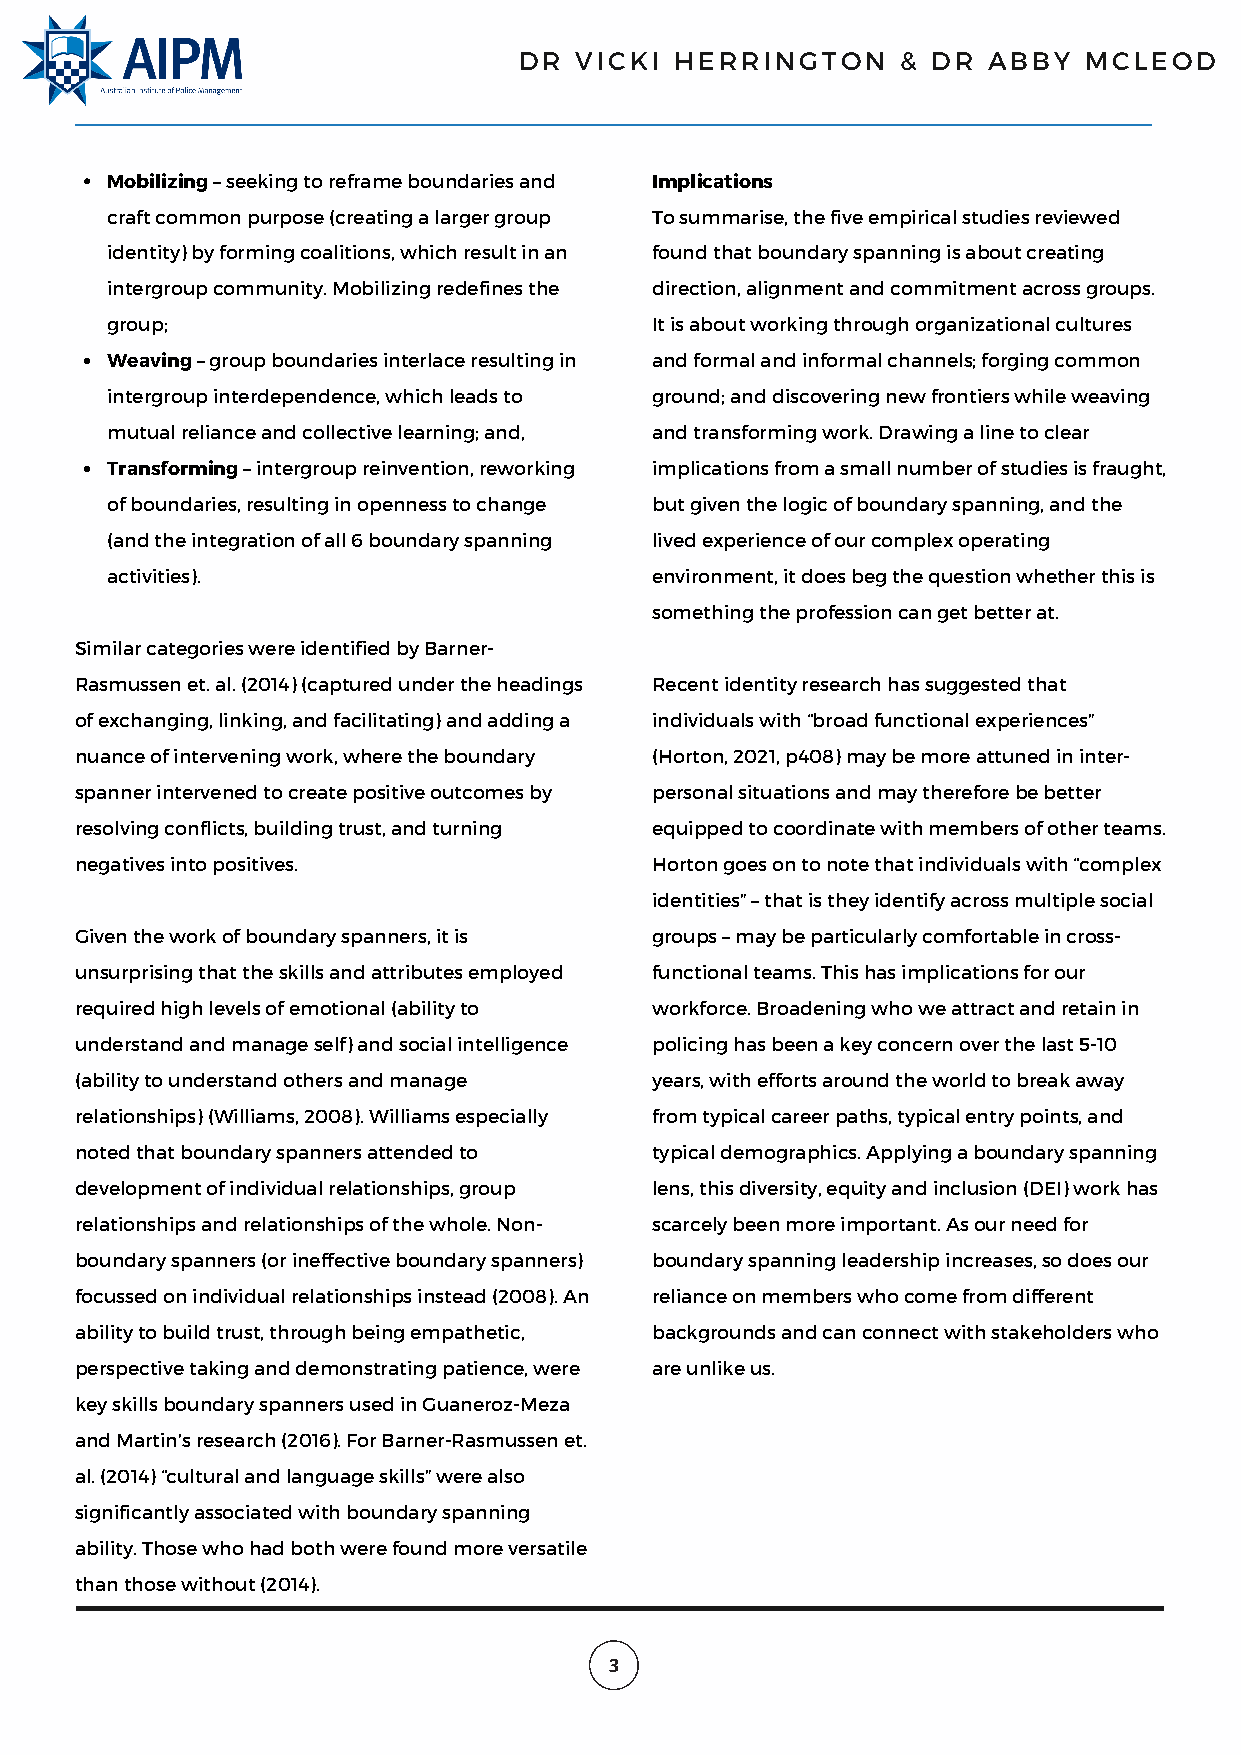
DR  VICKI  HERRINGTON     & DR ABBY   MCLEOD
 Mobilizing – seeking to reframe boundaries and Implications
 craft common purpose (creating a larger group To summarise, the five empirical studies reviewed
 identity) by forming coalitions, which result in an found that boundary spanning is about creating
 intergroup community. Mobilizing redefines the direction, alignment and commitment across groups.
 group;                              It is about working through organizational cultures
 Weaving – group boundaries interlace resulting in and formal and informal channels; forging common
 intergroup interdependence, which leads to ground; and discovering new frontiers while weaving
 mutual reliance and collective learning; and, and transforming work. Drawing a line to clear
 Transforming – intergroup reinvention, reworking implications from a small number of studies is fraught,
 of boundaries, resulting in openness to change but given the logic of boundary spanning, and the
 (and the integration of all 6 boundary spanning lived experience of our complex operating
 activities).                        environment, it does beg the question whether this is
 something the profession can get better at.
 Similar categories were identified by Barner-
 Rasmussen et. al. (2014) (captured under the headings Recent identity research has suggested that
 of exchanging, linking, and facilitating) and adding a individuals with “broad functional experiences”
 nuance of intervening work, where the boundary (Horton, 2021, p408) may be more attuned in inter-
 spanner intervened to create positive outcomes by personal situations and may therefore be better
 resolving conflicts, building trust, and turning equipped to coordinate with members of other teams.
 negatives into positives.             Horton goes on to note that individuals with “complex
 identities” – that is they identify across multiple social
 Given the work of boundary spanners, it is groups – may be particularly comfortable in cross-
 unsurprising that the skills and attributes employed functional teams. This has implications for our
 required high levels of emotional (ability to workforce. Broadening who we attract and retain in
 understand and manage self) and social intelligence policing has been a key concern over the last 5-10
 (ability to understand others and manage years, with efforts around the world to break away
 relationships) (Williams, 2008). Williams especially from typical career paths, typical entry points, and
 noted that boundary spanners attended to typical demographics. Applying a boundary spanning
 development of individual relationships, group lens, this diversity, equity and inclusion (DEI) work has
 relationships and relationships of the whole. Non- scarcely been more important. As our need for
 boundary spanners (or ineffective boundary spanners) boundary spanning leadership increases, so does our
 focussed on individual relationships instead (2008). An reliance on members who come from different
 ability to build trust, through being empathetic, backgrounds and can connect with stakeholders who
 perspective taking and demonstrating patience, were are unlike us.
 key skills boundary spanners used in Guaneroz-Meza
 and Martin’s research (2016). For Barner-Rasmussen et.
 al. (2014) “cultural and language skills” were also
 significantly associated with boundary spanning
 ability. Those who had both were found more versatile
 than those without (2014).